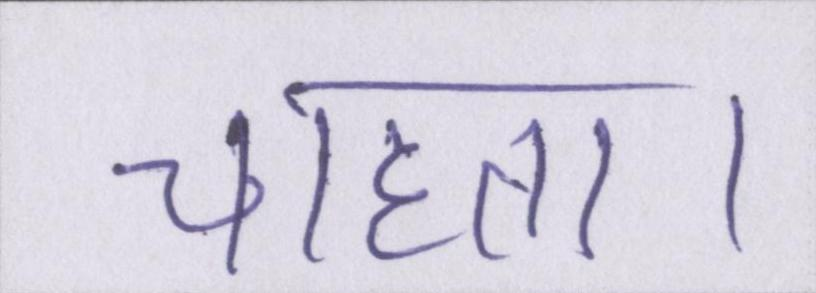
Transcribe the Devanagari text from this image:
चाहता।